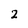
Character: 2